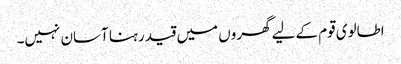
اطالوی قوم کے لیے گھروں میں قید رہنا آسان نہیں۔